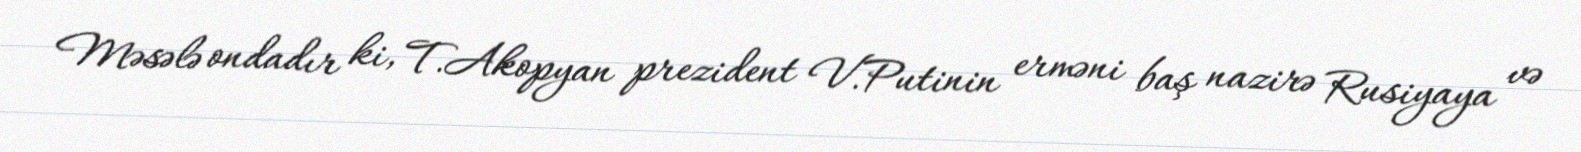
Məsələ ondadır ki, T.Akopyan prezident V.Putinin erməni baş nazirə Rusiyaya və